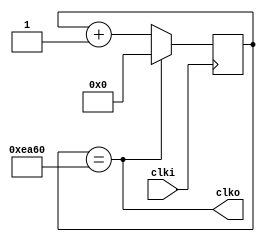
// Generate timer pulses
module timer (
    input clki,
    output clko
);


    localparam semiperiod = 32'd60000;    // 50 Hz 


    reg [32:0] counter = 0;

    assign clko = (counter == semiperiod);

    always @(posedge clki) begin
        if   (counter == semiperiod) counter <= 0;
        else counter <= counter + 1;
    end


endmodule